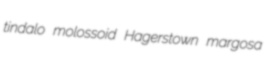
tindalo molossoid Hagerstown margosa